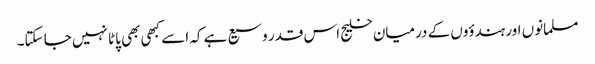
مسلمانوں اور ہندؤوں کے درمیان خلیج اس قدر وسیع ہے کہ اسے کبھی بھی پاٹا نہیں جا سکتا۔